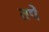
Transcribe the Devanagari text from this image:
तपें